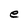
Character: e